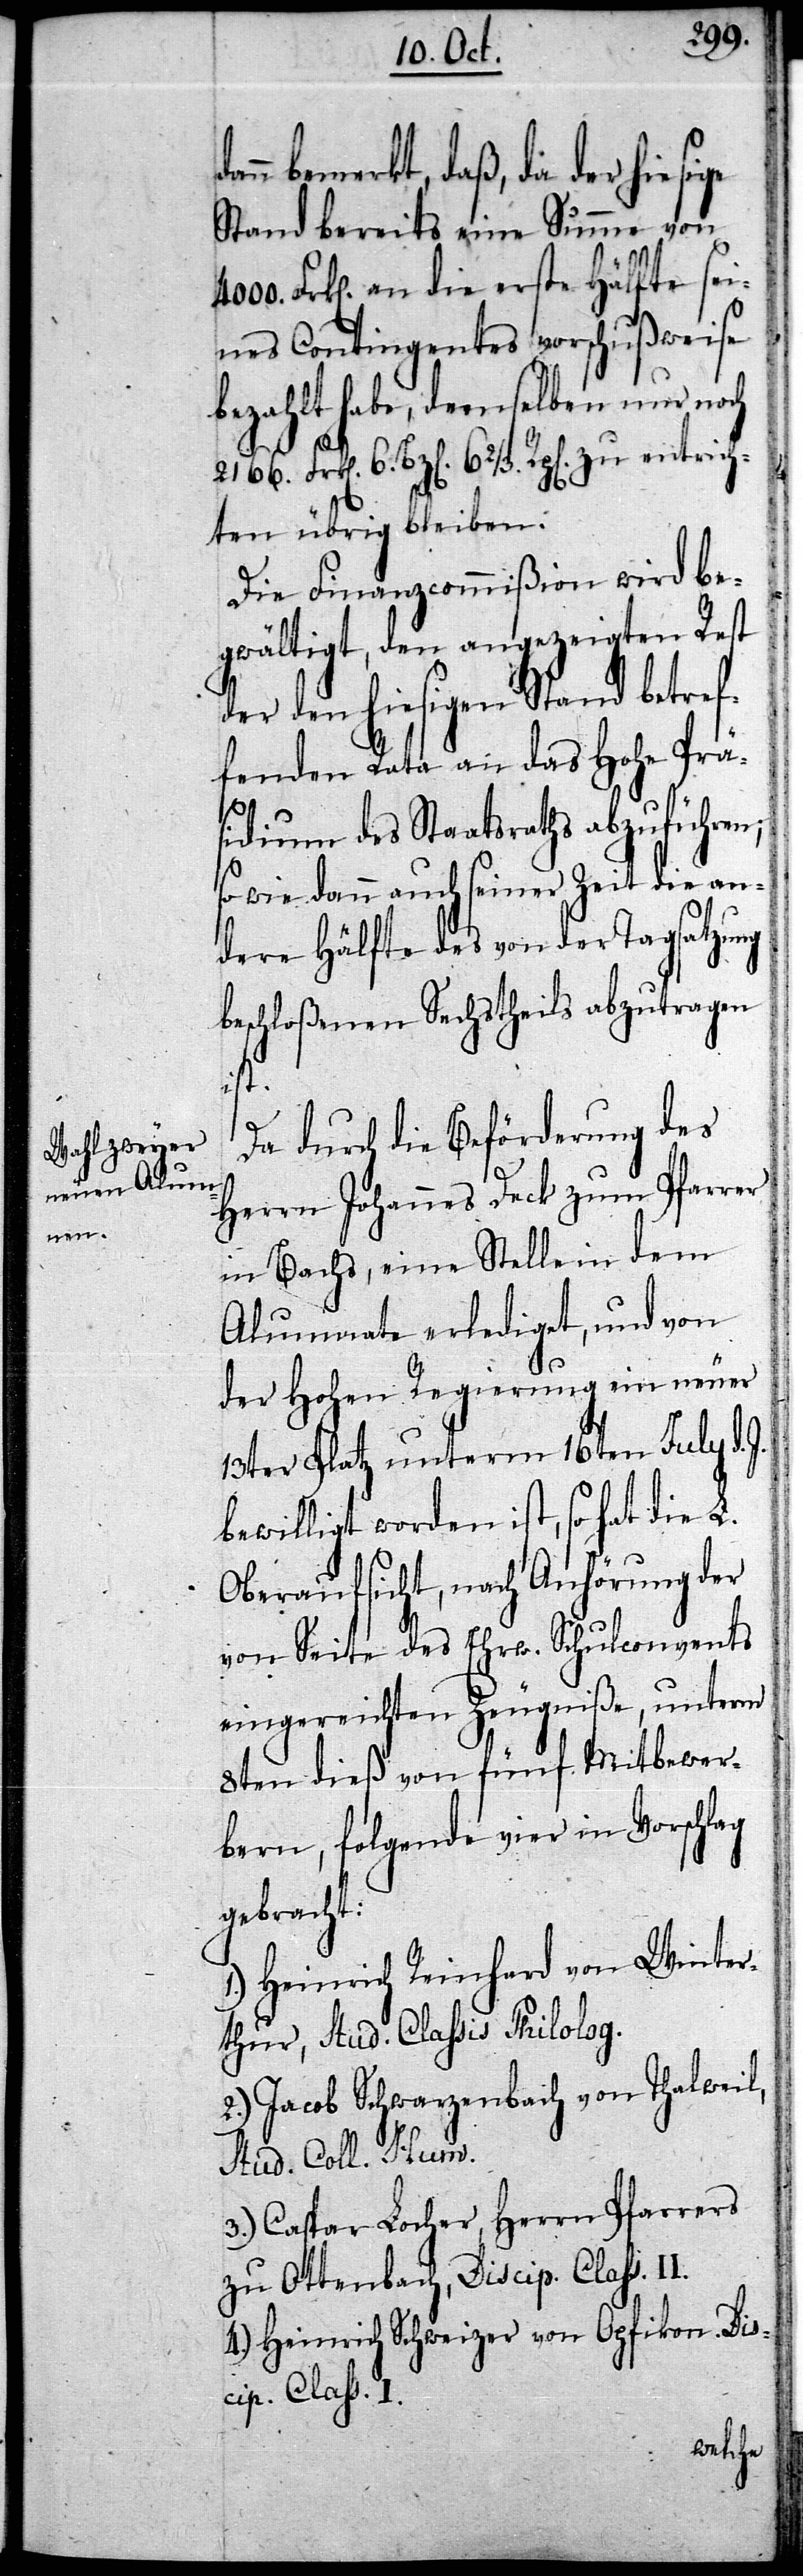
bemerkt, daß, da der hiesige
Stand bereits eine Summe von
Frk[en]. an die erste Hälfte sei¬
nes Contingentes vorschußweise
bezahlt habe, demselben nur noch
6. Bz[en]. 6 2/3. Rp[en]. zu entrich¬
ten übrig bleiben.
Die Finanzcommißion wird be¬
gwältigt, den angezeigten Rest
der den hiesigen Stand betref¬
fenden Rata an das Hohe Prä¬
sidium des Staatsraths abzuführen;
so wie dann auch seiner Zeit die an¬
dere Hälfte des von der Tagsatzung
beschloßenen Sechstheils abzutragen
ist.
Da durch die Beförderung des
Herrn Johannes Deck zum Pfarrer
in Bachs, eine Stelle in dem
Alumnate erlediget, und von
der Hohen Regierung ein neuer
13ter Platz unterm 16ten July d.
bewilligt worden ist, so hat die L.
Oberaufsicht, nach Anhörung der
von Seite des Ehrw. Schulconvents
eingereichten Zeugniße, unterm
8ten dieß von fünf Mitbewer¬
bern, folgende vier in Vorschlag
gebracht:
1.) Heinrich Reinhard von Winter¬
thur, Stud. Classis Philolog.
Jacob Schwarzenbach von Thalweil,
Stud. Coll. Hum.
3.) Caspar Locher, Herrn Pfarrers
zu Ottenbach, Discip. Class. II.
4.) Heinrich Schweizer von Opfikon. Dis¬
cip. Class. I.